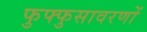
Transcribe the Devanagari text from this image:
फुफ्फुसावरणों